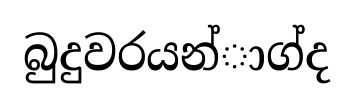
බුදුවරයන්ාග්ද